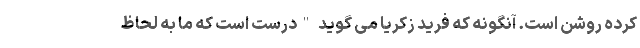
کرده روشن است. آنگونه که فرید زکریا می گوید "درست است که ما به لحاظ